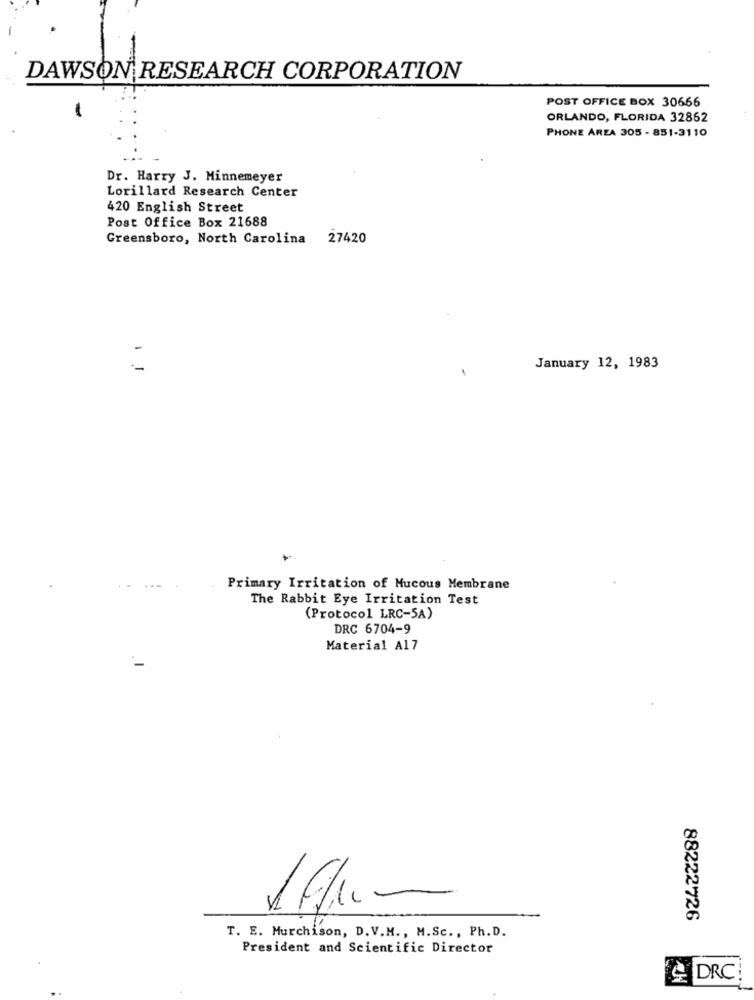
DAWSON RESEARCH CORPORATION
POST OFFICE BOX 30666
ORLANDO, FLORIDA 32862
PHONE AREA 305 - 851-3110
Dr. Harry J. Minnemeyer
Lorillard Research Center
420 English Street
Post Office Box 21688
Greensboro, North Carolina 27420
January 12, 1983
Primary Irritation of Mucous Membrane
The Rabbit Eye Irritation Test
(Protocol LRC-5A)
DRC 6704-9
Material A17
88222726
T. E. Murchison, D.V.M ., M.Sc ., Ph.D.
President and Scientific Director
DRC